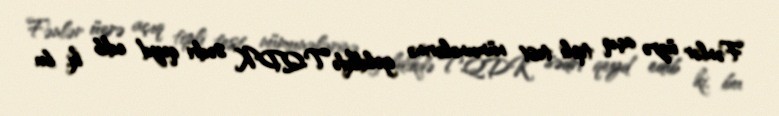
Fənlər üzrə açıq tipli test nümunələrinə gəldikdə TQDK sədri qeyd edib ki, bu